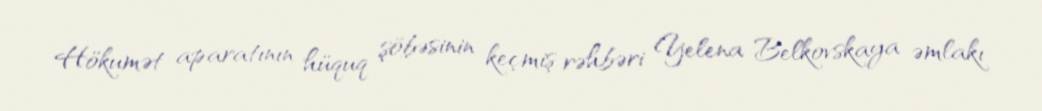
Hökumət aparatının hüquq şöbəsinin keçmiş rəhbəri Yelena Belkovskaya əmlakı